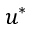
u ^ { * }